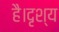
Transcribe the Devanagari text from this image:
है।दृश्य